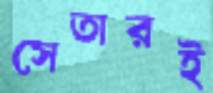
সেতারই